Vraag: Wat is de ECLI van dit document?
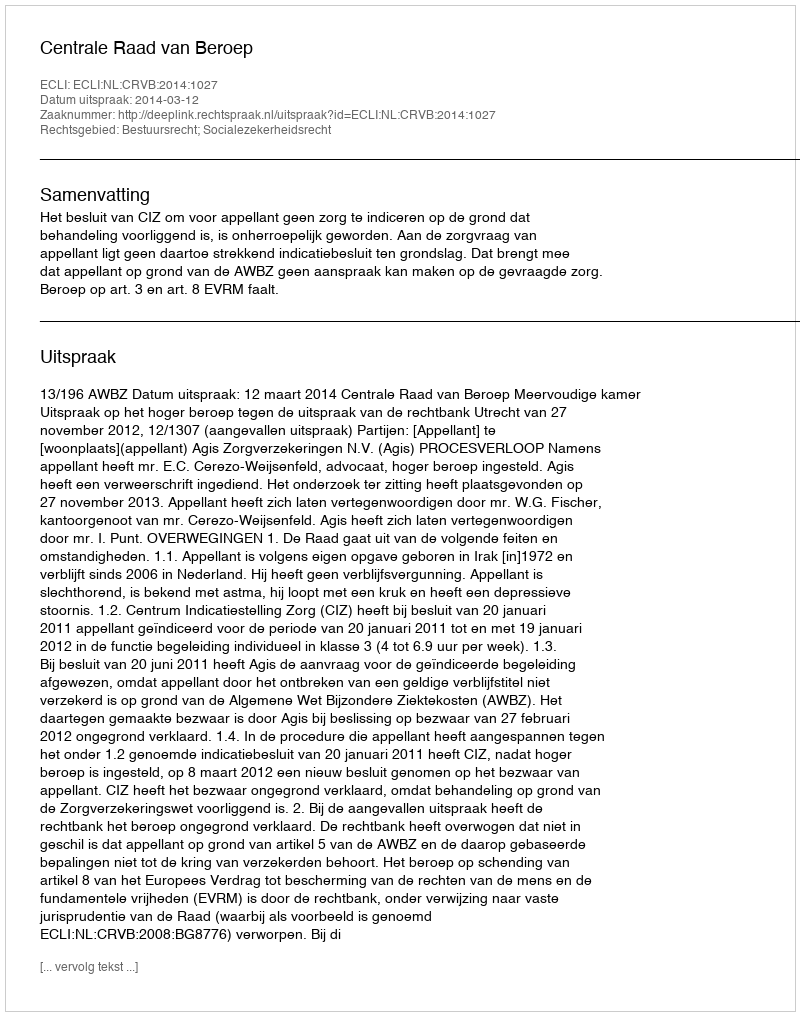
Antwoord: ECLI:NL:CRVB:2014:1027